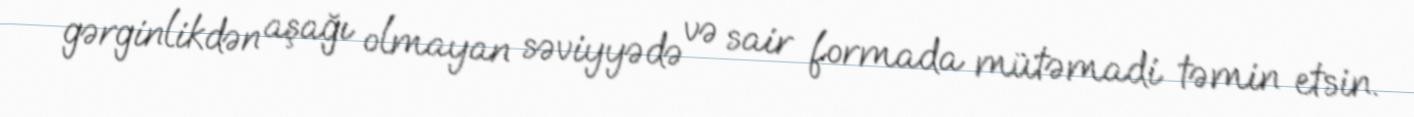
gərginlikdən aşağı olmayan səviyyədə və sair formada mütəmadi təmin etsin.